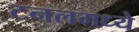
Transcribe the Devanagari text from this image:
टनलमध्ये